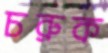
চরুক